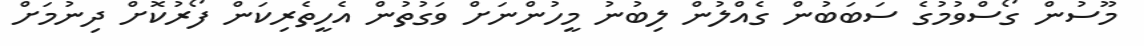
މޫސުން ގޯސްވުމުގެ ސަބަބުން ގެއްލުން ލިބުނު މީހުންނަށް ވަގުތުން އެހީތެރިކަން ފޯރުކޮށް ދިނުމަށް